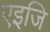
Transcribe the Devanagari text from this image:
एइजि